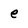
Character: e